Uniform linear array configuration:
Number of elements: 8
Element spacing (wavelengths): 1
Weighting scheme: cosine
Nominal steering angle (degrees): -30
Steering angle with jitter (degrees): -31.656
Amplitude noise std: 0.05
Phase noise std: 0.05

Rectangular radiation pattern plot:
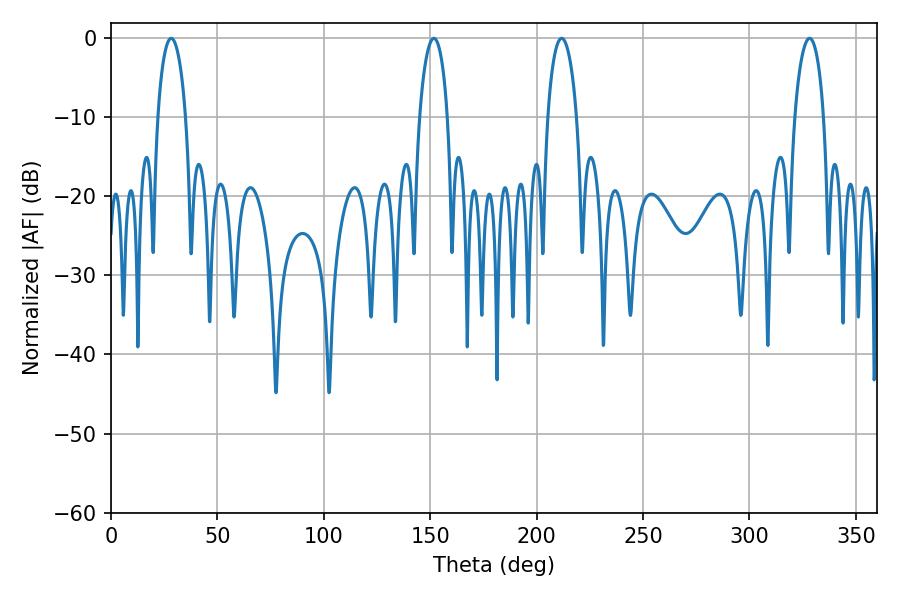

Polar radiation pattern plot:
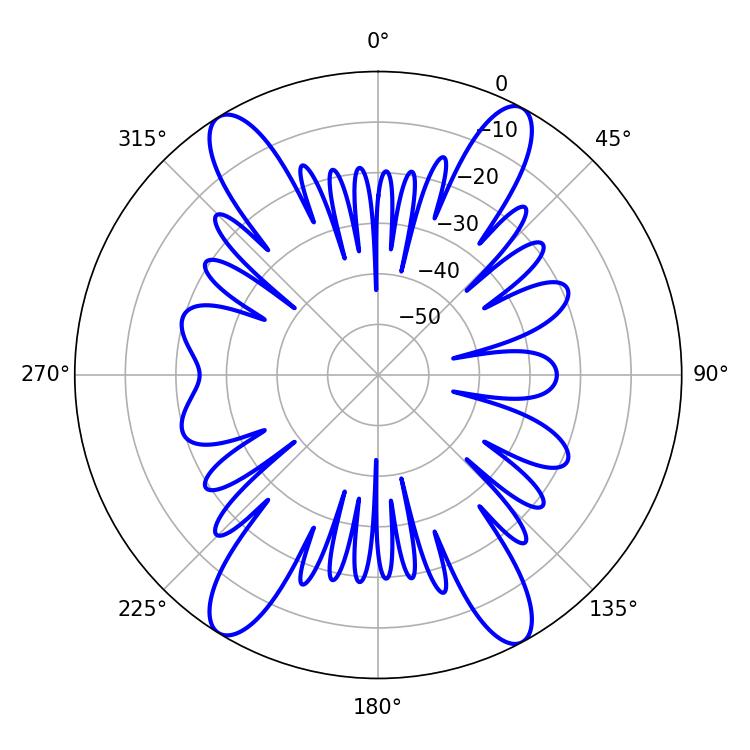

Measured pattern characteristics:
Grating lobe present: TRUE
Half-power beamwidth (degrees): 7.38
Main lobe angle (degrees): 28.26